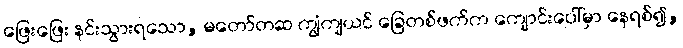
ဖြေးဖြေး နင်းသွားရသော, မတော်တဆ ကျွံကျယင် ခြေတစ်ဖက်က ကျောင်းပေါ်မှာ နေရစ်၍,